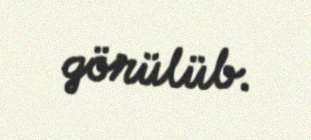
görülüb.